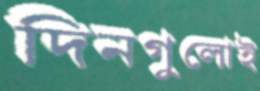
দিনগুলোই